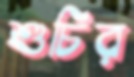
শুচির